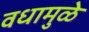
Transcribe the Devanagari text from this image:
वधामुळे